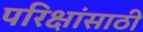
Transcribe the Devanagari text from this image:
परिक्षांसाठी